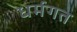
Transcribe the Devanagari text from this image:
धर्मगत